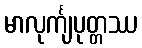
မာလုင်္ကျပုတ္တဿ